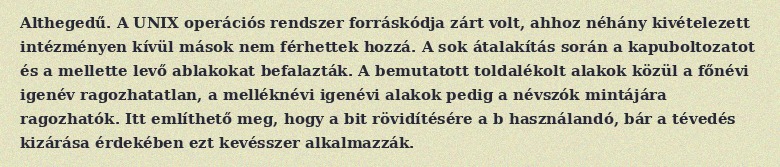
Althegedű. A UNIX operációs rendszer forráskódja zárt volt, ahhoz néhány kivételezett intézményen kívül mások nem férhettek hozzá. A sok átalakítás során a kapuboltozatot és a mellette levő ablakokat befalazták. A bemutatott toldalékolt alakok közül a főnévi igenév ragozhatatlan, a melléknévi igenévi alakok pedig a névszók mintájára ragozhatók. Itt említhető meg, hogy a bit rövidítésére a b használandó, bár a tévedés kizárása érdekében ezt kevésszer alkalmazzák.